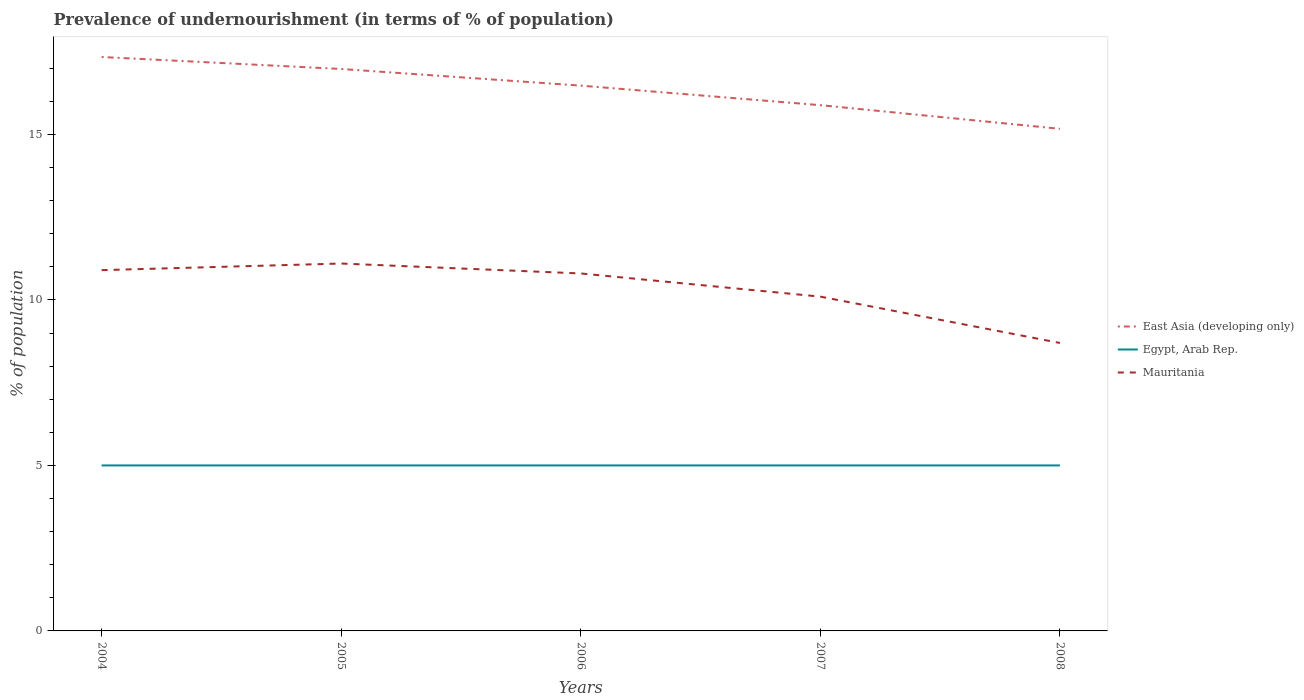
| Years | East Asia (developing only) | Egypt, Arab Rep. | Mauritania |
 | --- | --- | --- | --- |
 | 2004 | 17.3 | 5 | 10.9 |
 | 2005 | 17 | 5 | 11.1 |
 | 2006 | 16.5 | 5 | 10.8 |
 | 2007 | 15.9 | 5 | 10.1 |
 | 2008 | 15.2 | 5 | 8.7 |